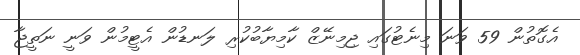
އެގޮތުން 59 ވަނަ މިނެޓުގައި ޖިމިނޭޒް ކާމިޔާބުކުރި ލަނޑުން އެޓީމުން ވަނީ ނަތީޖާ